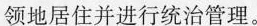
领地居住并进行统治管理。